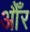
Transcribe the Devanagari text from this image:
औँर